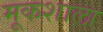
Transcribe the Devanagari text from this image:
मूकशाला